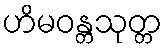
ဟိမဝန္တသုတ္တ